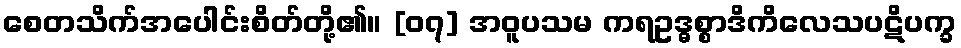
စေတသိက်အပေါင်းစိတ်တို့၏။ [၀၇] အဝူပသမ ကရဥဒ္ဓစ္စာဒိကိလေသပဋိပက္ခ